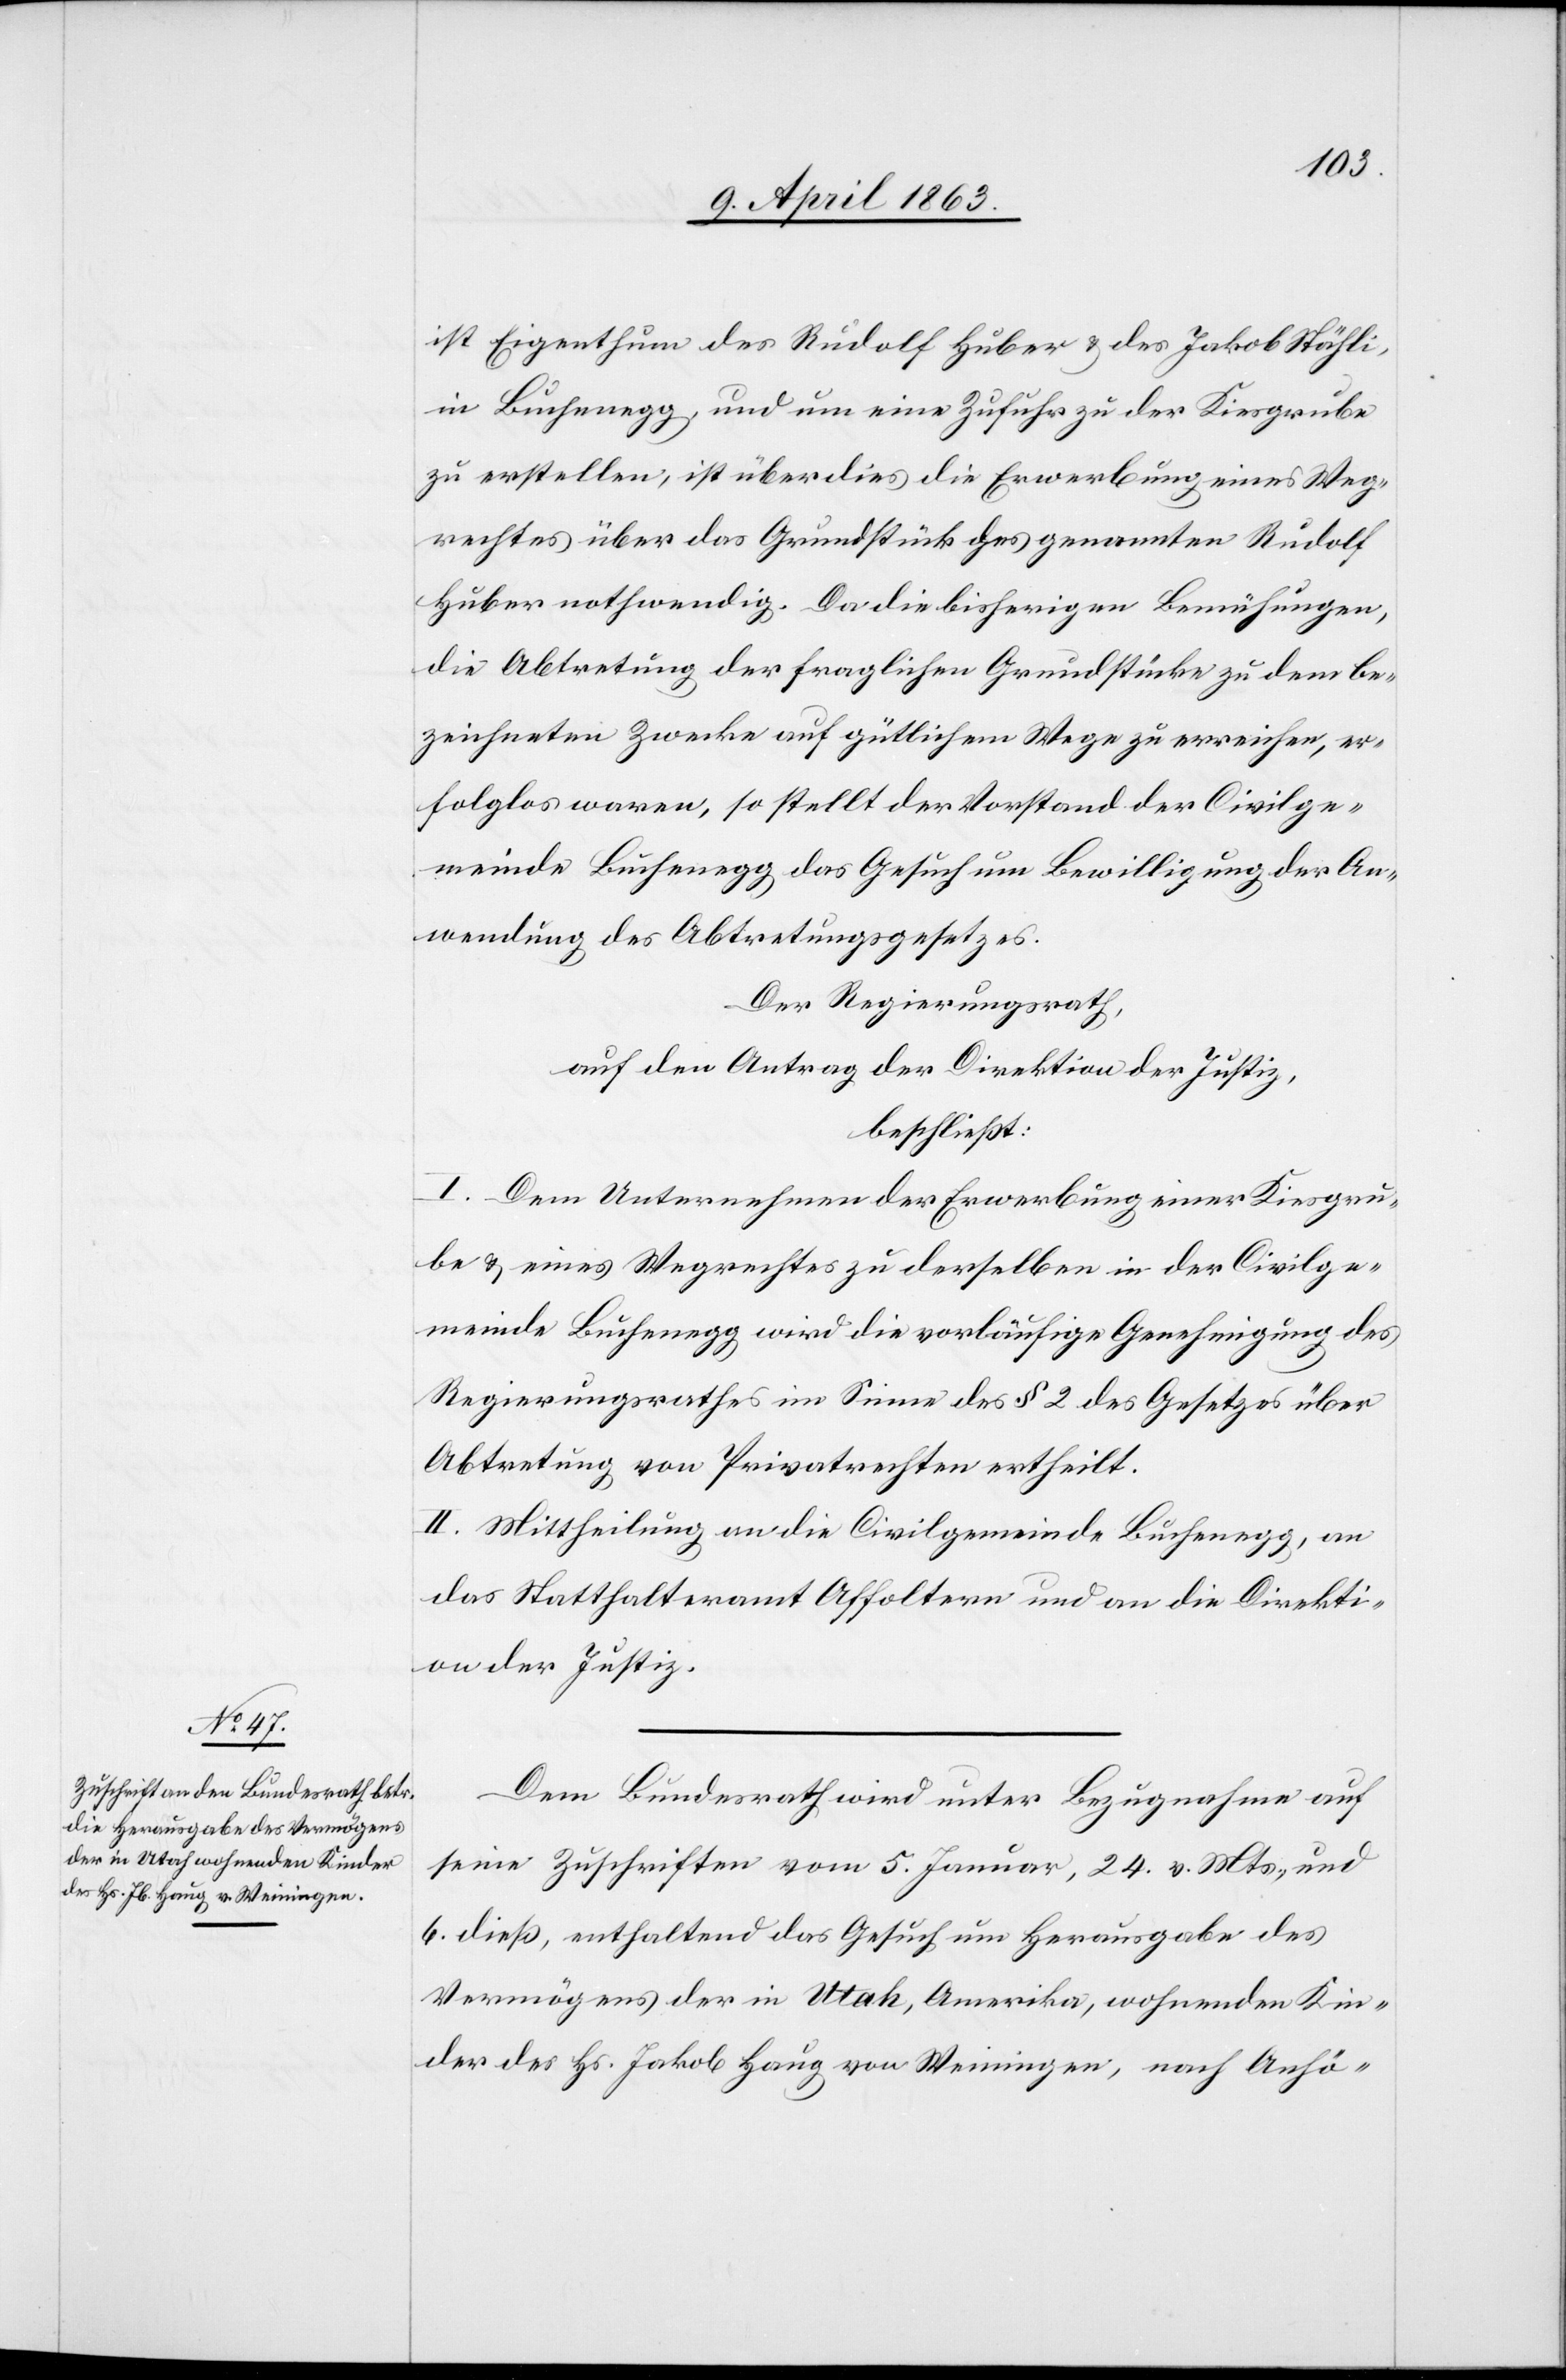
ist Eigenthum des Rudolf Huber & des Jakob Stähli,
in Buchenegg, und um eine Zufuhr zu der Kiesgrube
zu erstellen, ist überdies die Erwerbung eines Weg¬
rechtes über das Grundstück des genannten Rudolf
Huber nothwendig. Da die bisherigen Bemühungen,
die Abtretung der fraglichen Grundstücke zu dem be¬
zeichneten Zwecke auf gütlichem Wege zu erreichen, er¬
folglos waren, so stellt der Vorstand der Civilge¬
meinde Buchenegg das Gesuch um Bewilligung der An¬
wendung des Abtretungsgesetzes.
Der Regierungsrath,
auf den Antrag der Direktion der Justiz,
beschließt:
I. Dem Unternehmen der Erwerbung einer Kiesgru¬
be & eines Wegrechtes zu derselben in der Civilge¬
meinde Buchenegg wird die vorläufige Genehmigung des
Regierungsrathes im Sinne des § 2 des Gesetzes über
Abtretung von Privatrechten ertheilt.
II. Mittheilung an die Civilgemeinde Buchenegg, an
das Statthalteramt Affoltern und an die Direkti¬
on der Justiz.
Dem Bundesrath wird unter Bezugnahme auf
seine Zuschriften vom 5. Januar, 24. v. Mts., und
6. dieß, enthaltend das Gesuch um Herausgabe des
Vermögens der in Utah, Amerika, wohnenden Kin¬
der des Hs. Jakob Haug [recte: Hug] von Weiningen, nach Anhö-